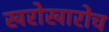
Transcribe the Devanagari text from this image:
खरोखारोच